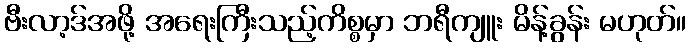
ဗီးလာ့ဒ်အဖို့ အရေးကြီးသည့်ကိစ္စမှာ ဘရီကျူး မိန့်ခွန်း မဟုတ်။